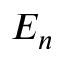
E _ { n }